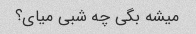
میشه بگی چه شبی میای؟